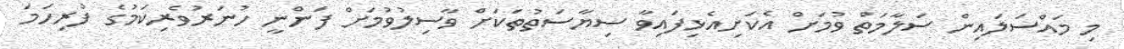
މި މައްސަލައިން ސަލާމަތް ވުމަށް އެކަށިއެޅިފައިވާ ސިޔާސަތުތަކަށް ވާސިލުވުމަށް ފަންނީ ހުނަރުވެރިކަމުގެ ފުރިހަމަ